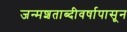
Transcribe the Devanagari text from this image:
जन्मशताब्दीवर्षापासून